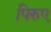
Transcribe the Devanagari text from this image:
पिरुए